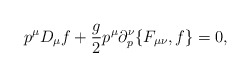
\begin{align*}p^\mu D_\mu f+{g\over 2}p^\mu\partial^\nu_p\{F_{\mu\nu},f\}=0,\end{align*}